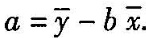
$$a = \overline { y } -b \overline { x }$$.